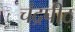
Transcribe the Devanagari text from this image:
चंद्रपीठ